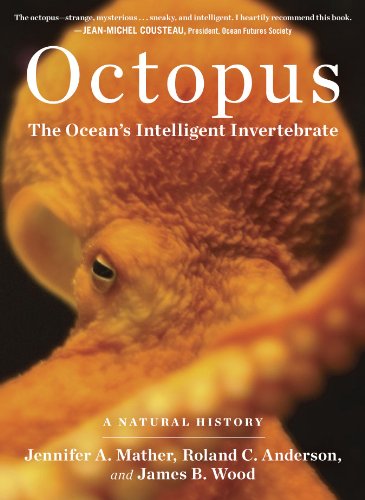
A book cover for Octopus: The Ocean's Intelligent Invertebrate; Roland C. Anderson; Science & Math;